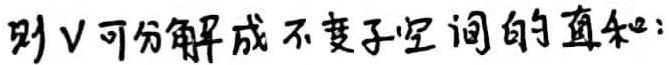
则 \(V\) 可分解成不变子空间的直和: